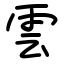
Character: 雲